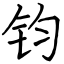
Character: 钧